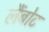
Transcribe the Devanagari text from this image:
लैंबोट